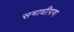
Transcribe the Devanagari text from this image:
समाधीपण